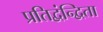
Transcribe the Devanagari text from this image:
प्रतिद्वंन्द्विता